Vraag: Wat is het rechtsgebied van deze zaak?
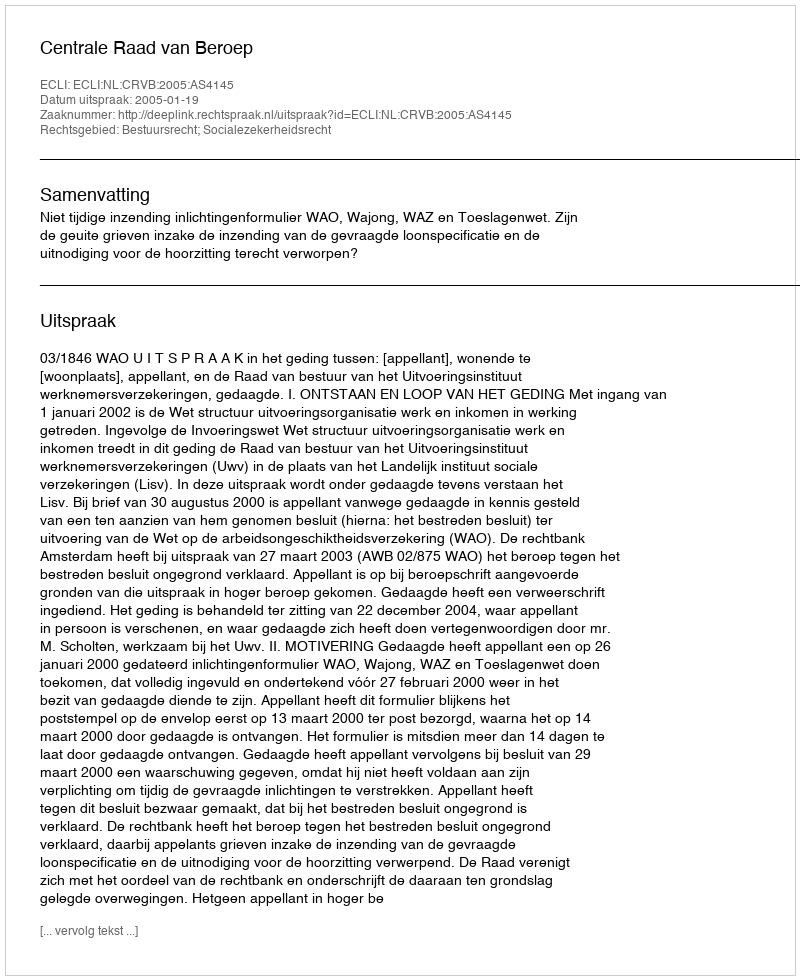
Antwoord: Bestuursrecht; Socialezekerheidsrecht